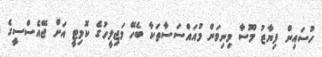
ހުސައިން ފިޔާޒު މޫސާ މިނިވަން މުއައްސަސާތަކާ ބެހޭ މަޖިލީހުގެ ކޮމިޓީ އަށް ޖޭއެސްސީގެ